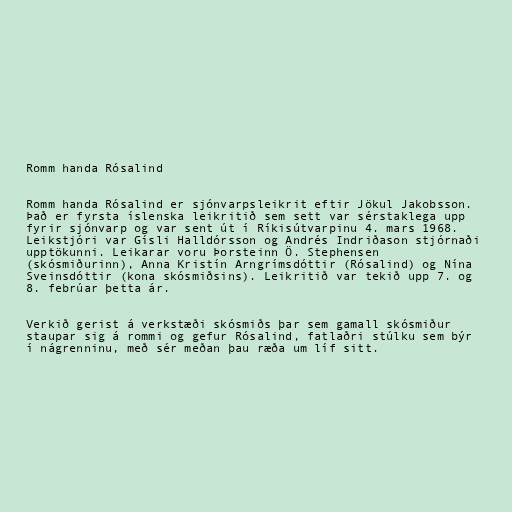
Romm handa Rósalind

Romm handa Rósalind er sjónvarpsleikrit eftir Jökul Jakobsson.
Það er fyrsta íslenska leikritið sem sett var sérstaklega upp
fyrir sjónvarp og var sent út í Ríkisútvarpinu 4. mars 1968.
Leikstjóri var Gísli Halldórsson og Andrés Indriðason stjórnaði
upptökunni. Leikarar voru Þorsteinn Ö. Stephensen
(skósmiðurinn), Anna Kristín Arngrímsdóttir (Rósalind) og Nína
Sveinsdóttir (kona skósmiðsins). Leikritið var tekið upp 7. og
8. febrúar þetta ár.

Verkið gerist á verkstæði skósmiðs þar sem gamall skósmiður
staupar sig á rommi og gefur Rósalind, fatlaðri stúlku sem býr
í nágrenninu, með sér meðan þau ræða um líf sitt.